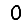
Digit: 0